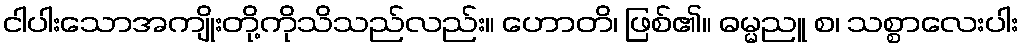
ငါပါးသောအကျိုးတို့ကိုသိသည်လည်း။ ဟောတိ၊ ဖြစ်၏။ ဓမ္မညူ စ၊ သစ္စာလေးပါး